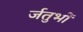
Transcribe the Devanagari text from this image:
र्जतुभों